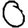
Digit: 0